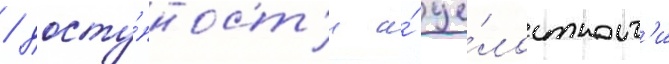
/ досту́пност'и и́ це́лостност'и